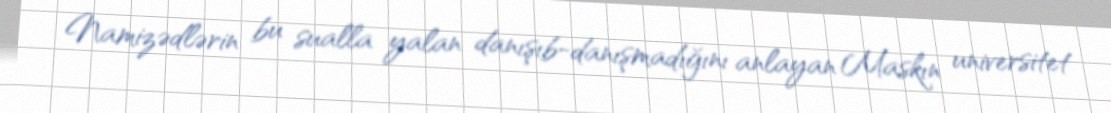
Namizədlərin bu sualla yalan danışıb-danışmadığını anlayan Maskın universitet